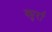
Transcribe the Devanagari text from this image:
क्युर्रा